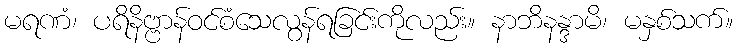
မရဏံ၊ ပရိနိဗ္ဗာန်ဝင်စံသေလွန်ရခြင်းကိုလည်း။ နာဘိနန္ဒာမိ၊ မနှစ်သက်။